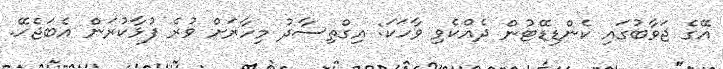
އޭގެ ޖަވާބުގައި ކެންޑިޑޭޓުން ދެއްކެވި ވާހަކަ: އިގްތިސާދު މިހާރަށް ވުރެ ފުޅާކުރަން އެބަޖެހޭ.